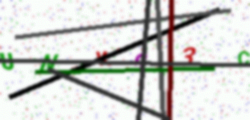
Text: UNK83C